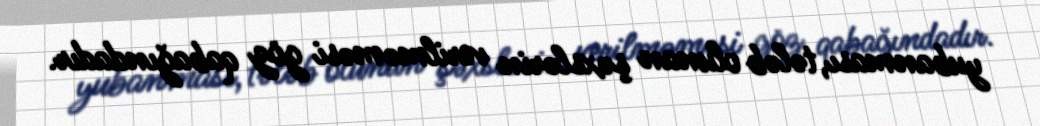
yubanması, tələb olunan şəxslərin verilməməsi göz qabağındadır.